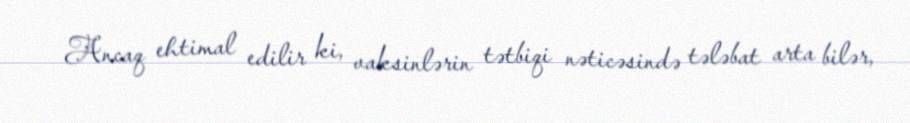
Ancaq ehtimal edilir ki, vaksinlərin tətbiqi nəticəsində tələbat arta bilər,